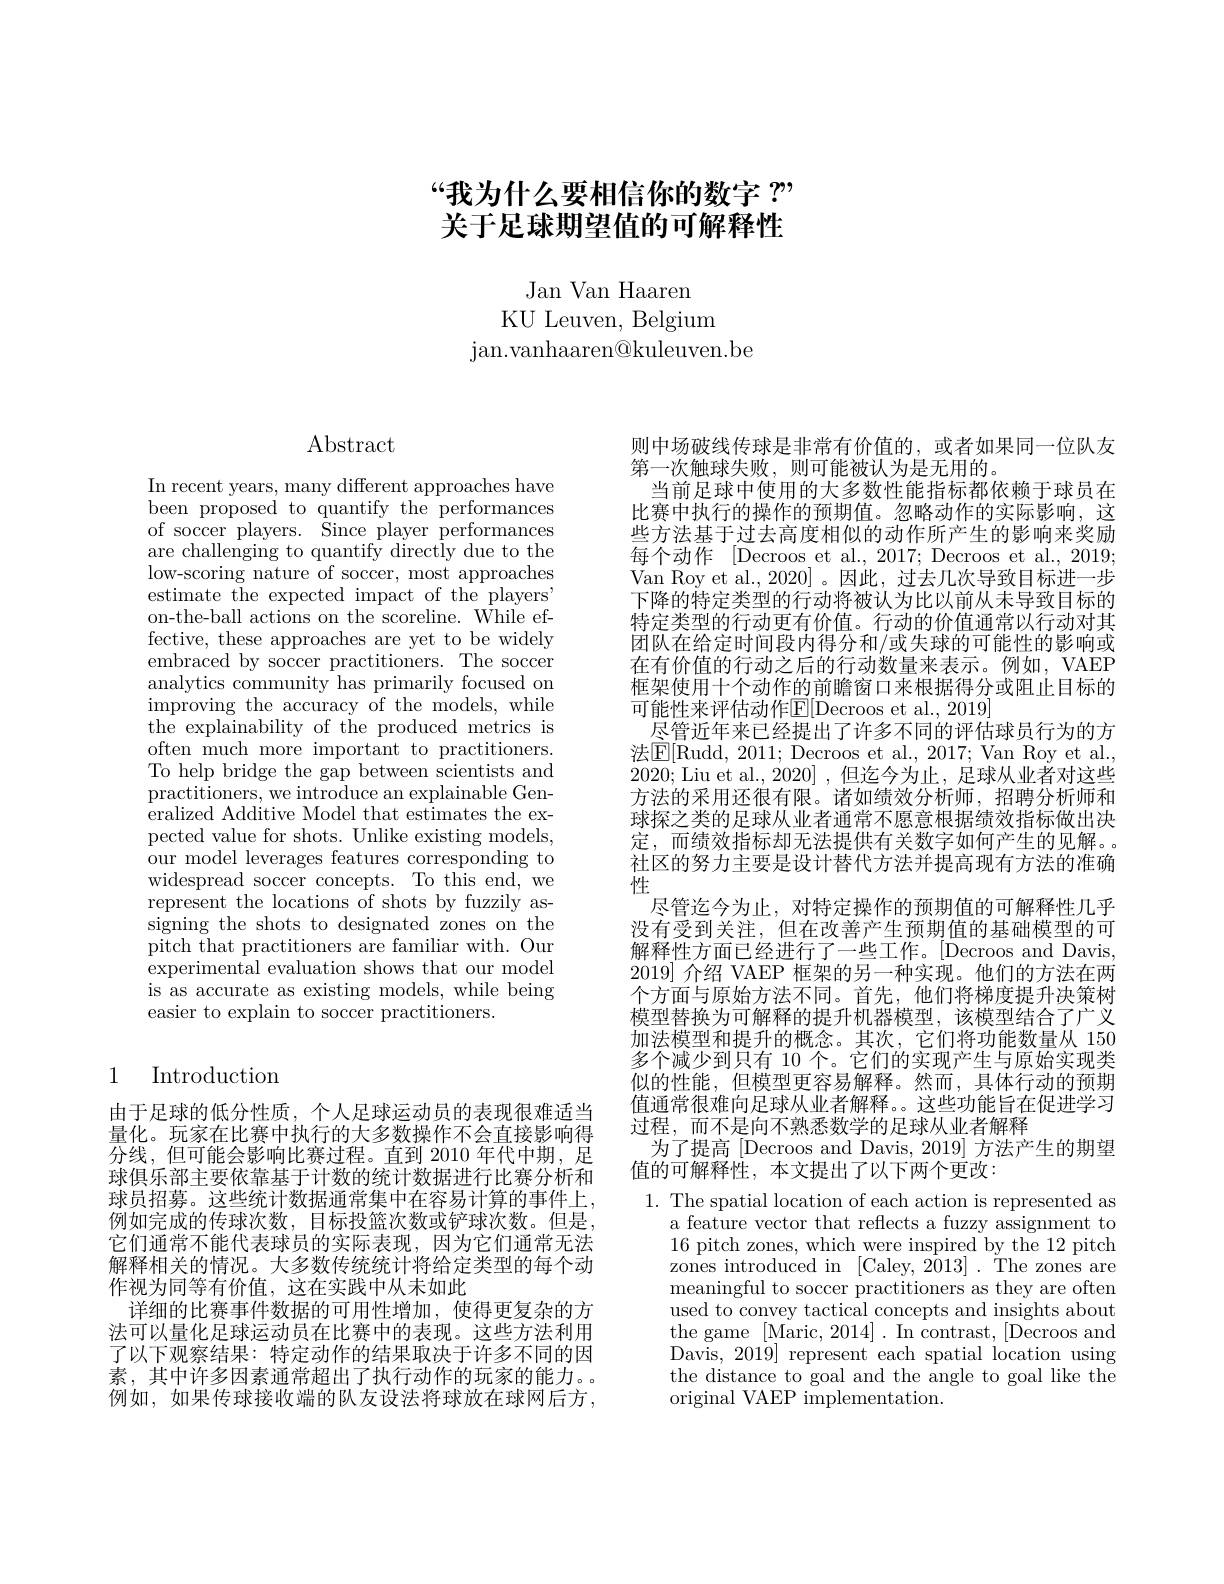
# “我为什么要相信你的数字$?”$ 关于足球期望值的可解释性

Jan Van Haaren
KU Leuven, Belgium
jan. vanhaaren@ kuleuven. be

# $\operatorname{Abstract}$

In recent years, many different approaches have been proposed to quantify the performances of soccer players. ${\mathrm{~\tilde{S}ince~player~performances}}$ are challenging to quantify directly due to the low-scoring nature of soccer, most approaches estimate the expected impact of the players" on-the-ball actions on the scoreline. While effective, these approaches are yet to be widely embraced by soccer practitioners. The soccer analytics community has primarily focused on improving the accuracy of the models, while the explainability of the produced metrics is often much more important to practitioners. To help bridge the gap between scientists and ${\mathrm{practitioners,~we~introduce~an~explainable~Gen-}}$ eralized Additive Model that estimates the expected value for shots. Unlike existing models, our model leverages features corresponding to widespread soccer concepts. To this end, we represent the locations of shots by fuzzily assigning the shots to designated zones on the pitch that practitioners are familiar with. Our experimental evaluation shows that our model is as accurate as existing models, while being easier to explain to soccer practitioners.

## 1 Introduction

由于足球的低分性质，个人足球运动员的表现很难适当量化。玩家在比赛中执行的大多数操作不会直接影响得分线，但可能会影响比赛过程。直到 2010 年代中期，足球俱乐部主要依靠基于计数的统计数据进行比赛分析和球员招募。这些统计数据通常集中在容易计算的事件上， 例如完成的传球次数，目标投篮次数或铲球次数。但是， 它们通常不能代表球员的实际表现，因为它们通常无法解释相关的情况。大多数传统统计将给定类型的每个动作视为同等有价值，这在实践中从未如此
详细的比赛事件数据的可用性增加，使得更复杂的方法可以量化足球运动员在比赛中的表现。这些方法利用了以下观察结果：特定动作的结果取决于许多不同的因素，其中许多因素通常超出了执行动作的玩家的能力。例如，如果传球接收端的队友设法将球放在球网后方，

则中场破线传球是非常有价值的，或者如果同一位队友
第一次触球失败，则可能被认为是无用的。
当前足球中使用的大多数性能指标都依赖于球员在比赛中执行的操作的预期值。忽略动作的实际影响，这些方法基于过去高度相似的动作所产生的影响来奖励每个动作 [Decroos et al., 2017; Decroos et al., 2019; Van Roy et al., 2020]。因此，过去几次导致目标进一步下降的特定类型的行动将被认为比以前从未导致目标的特定类型的行动更有价值。行动的价值通常以行动对其团队在给定时间段内得分和/或失球的可能性的影响或在有价值的行动之后的行动数量来表示。例如，VAEP 框架使用十个动作的前瞻窗口来根据得分或阻止目标的可能性来评估动作E[Decroos et al., 2019]
尽管近年来已经提出了许多不同的评估球员行为的方法$\boxed{\mathrm{E}}[$Rudd, 2011; Decroos et al., 2017; Van Roy et al., 2020; Liu et al., 2020] ,但迄今为止，足球从业者对这些方法的采用还很有限。诸如绩效分析师，招聘分析师和球探之类的足球从业者通常不愿意根据绩效指标做出决定，而绩效指标却无法提供有关数字如何产生的见解。社区的努力主要是设计替代方法并提高现有方法的准确性
尽管迄今为止，对特定操作的预期值的可解释性几乎没有受到关注，但在改善产生预期值的基础模型的可解释性方面已经进行了一些工作。[Decroos and Davis, 2019] 介绍 VAEP 框架的另一种实现。他们的方法在两个方面与原始方法不同。首先，他们将梯度提升决策树模型替换为可解释的提升机器模型，该模型结合了广义加法模型和提升的概念。其次，它们将功能数量从 150多个减少到只有 10 个。它们的实现产生与原始实现类似的性能，但模型更容易解释。然而，具体行动的预期值通常很难向足球从业者解释。。这些功能旨在促进学习过程，而不是向不熟悉数学的足球从业者解释
为了提高 [Decroos and Davis, 2019] 方法产生的期望
值的可解释性，本文提出了以下两个更改：
1. The spatial location of each action is represented as
a feature vector that reflects a fuzzy assignment to 16 pitch zones, which were inspired by the 12 pitch zones introduced in [Caley, 2013] . The zones are meaningful to soccer practitioners as they are often used to convey tactical concepts and insights about the game [Maric, 2014]. In contrast, [Decroos and Davis, 2019] represent each spatial location using the distance to goal and the angle to goal like the original VAEP implementation.